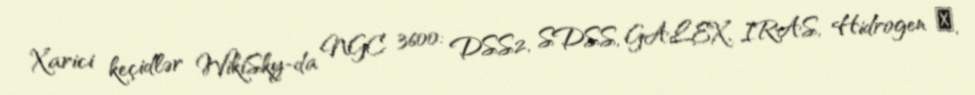
Xarici keçidlər WikiSky-da NGC 3600: DSS2, SDSS, GALEX, IRAS, Hidrogen α,